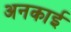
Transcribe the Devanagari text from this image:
अनकाई